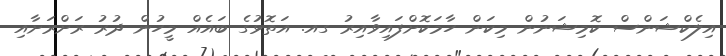
އިލެކްޝަންސް ކޮމިޝަނުން މިކަން ހާމަކޮށްފައިވާއިރު ގއ. އަތޮޅުގެ ބައެއް މީހުން ދުރު ރަށްރަށާއި